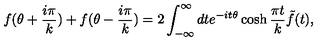
f ( \theta + \frac { i \pi } { k } ) + f ( \theta - \frac { i \pi } { k } ) = 2 \int _ { - \infty } ^ { \infty } d t e ^ { - i t \theta } \cosh \frac { \pi t } { k } \tilde { f } ( t ) ,